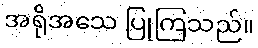
အရိုအသေ ပြုကြသည်။